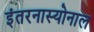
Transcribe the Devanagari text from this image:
इंतरनास्योनाल